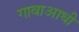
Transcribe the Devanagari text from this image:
गावाआधी